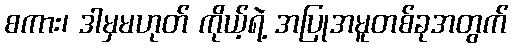
စကား၊ ဒါမှမဟုတ် ကိုယ့်ရဲ့ အပြုအမူတစ်ခုအတွက်